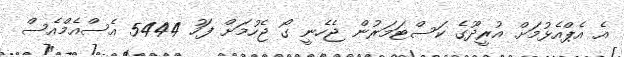
އެ އެޕްއެޅުމަށް އުރީދޫގެ ކަސްޓަމަރުން ޖެހެނީ ގޯ ޖެހުމަށް ފަހު 5444 އެސްއެމްއެސް